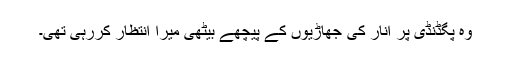
وہ پگڈنڈی پر انار کی جھاڑیوں کے پیچھے بیٹھی میرا انتظار کررہی تھی۔